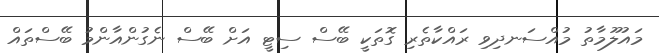
މައުލޫމާތު މުއްސަނދިވި ރައްކާތެރި ގޮތަކީ ބޭސް ސިޓީ އަށް ބޭސް ނެގުންއާންމު ބޭސްތައް